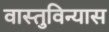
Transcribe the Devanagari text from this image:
वास्तुविन्यास